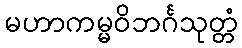
မဟာကမ္မဝိဘင်္ဂသုတ္တံ